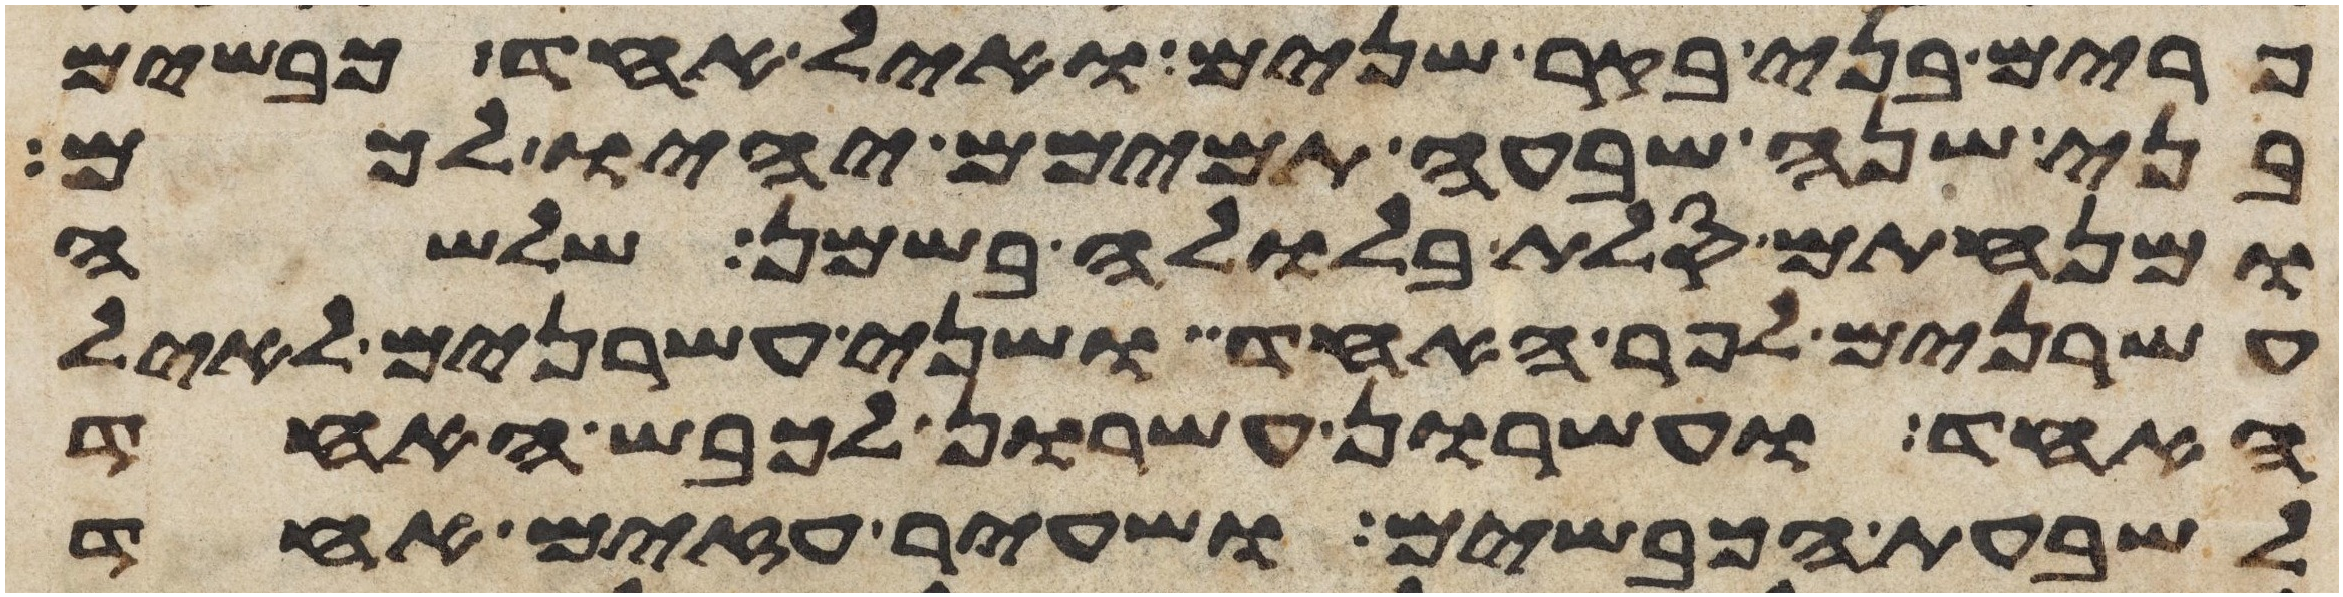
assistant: פרים בני בקר שנים ואיל אחד כבשים
בני שנה שבעה תמימם יהיו לכם
ומנחתם סלת בלולה בשמן שלשה
עשרנים לפר האחד ושני עשרנים לאיל
האחד ועשרון עשרון לכבש האחד
לשבעת הכבשים ושעיר עזים אחד